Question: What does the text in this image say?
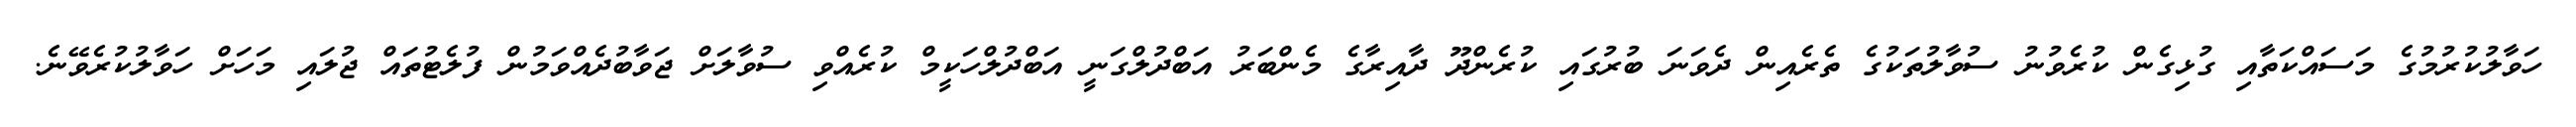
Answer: ހަވާލުކުރުމުގެ މަސައްކަތާއި ގުޅިގެން ކުރެވުނު ސުވާލުތަކުގެ ތެރެއިން ދެވަނަ ބުރުގައި ކުރެންދޫ ދާއިރާގެ މެންބަރު އަބްދުލްގަނީ އަބްދުލްހަކީމް ކުރެއްވި ސުވާލަށް ޖަވާބުދެއްވަމުން ފުލެޓުތައް ޖުލައި މަހަށް ހަވާލުކުރެވޭނެ.